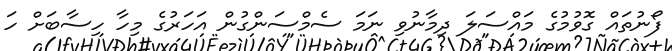
ފޯނުތައް ގޮވުމުގެ މައްސަލަ ދިމާނުވި ނަމަ ސެމްސަންގުން އަހަރުގެ މިހާ ހިސާބަށް ހަ